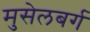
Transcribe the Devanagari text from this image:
मुसेलबर्ग